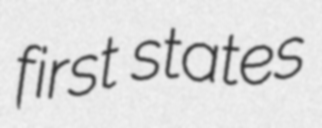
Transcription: first states